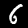
Label: 6